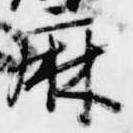
麻